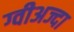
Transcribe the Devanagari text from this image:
ग्वीअज्दा